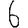
Digit: 6